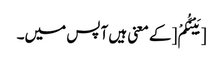
[بَیْنَکُمْ [کے معنی ہیں آپس میں۔